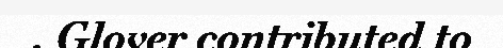
. Glover contributed to